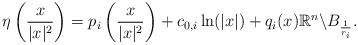
LaTeX: \begin{align*}\eta\left(\frac{x}{|x|^2}\right)=p_i\left(\frac{x}{|x|^2}\right)+c_{0,i} \ln(|x|)+q_i(x) \mathbb{R}^n\backslash B_{\frac{1}{r_i}}.\end{align*}